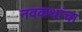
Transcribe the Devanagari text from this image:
नवकथांचा